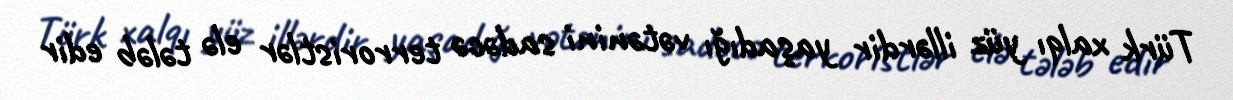
Türk xalqı yüz illərdir yaşadığı vətənini sadəcə terroristlər elə tələb edir